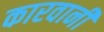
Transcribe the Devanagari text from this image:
कारवानी